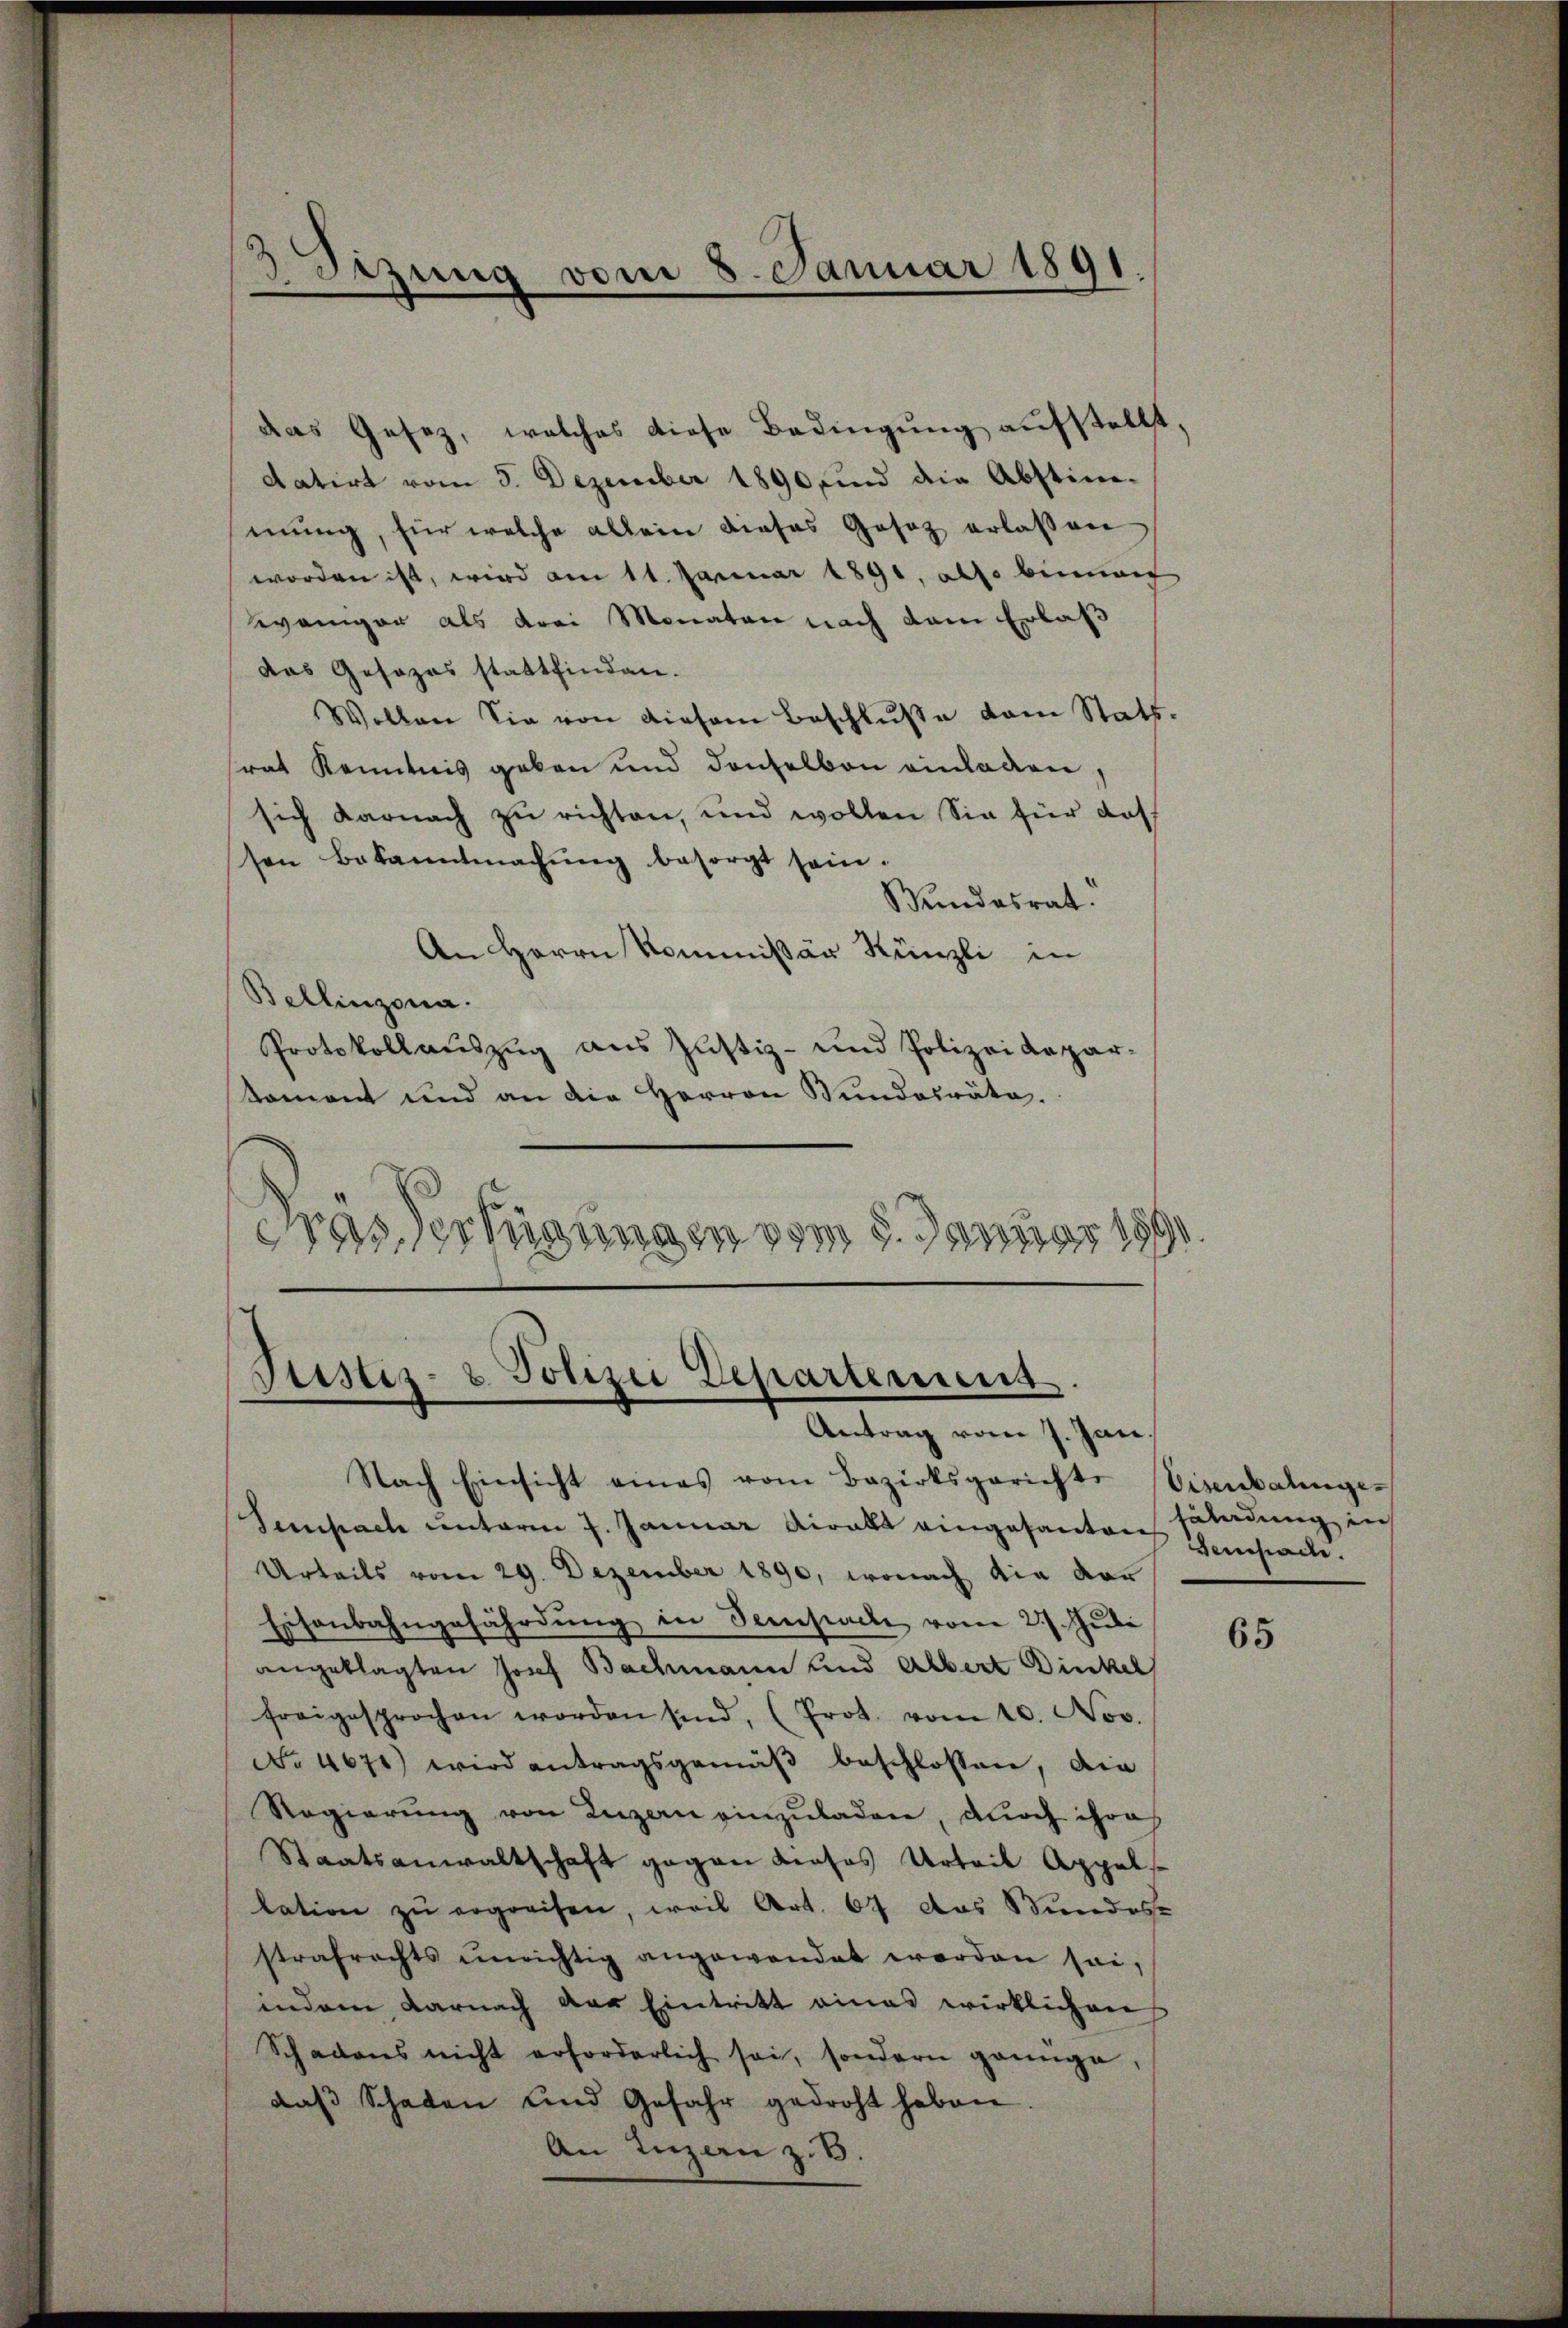
3 Stzung vom 8. Januar 1891

das Gesetz, welches diese Bedingung aufstellt,
datirt vom 5. Dezember 1890 sind die Abstim-
mung, für welche allein dieses Gesetz erlassen
worden ist, wird am 11. Januar 1891, also binner
weniger als drei Monaten nach dem Erlaß
das Gesezes stattfinden.
Wollen Sie von diesem Beschluße vom Stat.
rat Kenntnis geben und denselben einladen,
sich darnach zu richten, und wollen Sie für das
sen Bekanntmachŭng besorgt sein.
Bundesrat
An Herrn Kommißär Künzli in
Bellinzona.
Protokollauszug aus Justiz- und Polizeidepar-
koment und an die Herren Bundesräte.
Gras Verfügungen vom 5. Januar 18

Justiz- & Polizei Departement.
Antrag vom 7. Jan.

Nach Einsicht eines vom Bezirksgerichte Eisenbahnge-
Sempach unterm 7. Januar viralt eingesanten sendung in
Urteils vom 29. Dezember 1890, wonach die der
Eisenbahngefährdung in Sempacte vom 27. Juli
angeklagten Josef Bachmann und Albert Dinkel
freigesprochen worden sind, (Prot. vom 10. Nov.
No 4671) wird antragsgemäβ beschlossen, die
Regierŭng von Luzern einzŭladen, durch ihres
Staatsanwaltschaft gegen dieses Urteil Appel
lation zŭ ergreifen, weil Art. 67 das Bundes
strafrechts unrichtig angewendet werden sei,
indem darnach der Eintritt eines wirklichen
Schadens nicht erforderlich sei, sondern genüge,
daβ Schaten und Gefahr gedroht haben
An Inzen z. B.

Beifache.

65